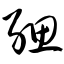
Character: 缌